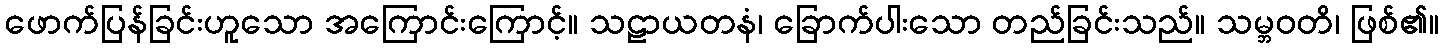
ဖောက်ပြန်ခြင်းဟူသော အကြောင်းကြောင့်။ သဠာယတနံ၊ ခြောက်ပါးသော တည်ခြင်းသည်။ သမ္ဘဝတိ၊ ဖြစ်၏။